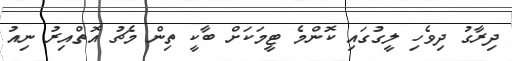
ދިރާގު ދިވެހި ލީގުގައި ކޮންމެ ޓީމަކަށް ބާކީ ތިން މެޗު އޮތްއިރު ނިއު